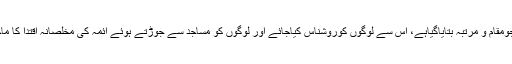
اسلام میں ان کاجومقام و مرتبہ بتایاگیاہے، اس سے لوگوں کوروشناس کیاجائے اور لوگوں کو مساجد سے جوڑتے ہوئے ائمہ کی مخلصانہ اقتدا کا ماحول بنایا جائے۔